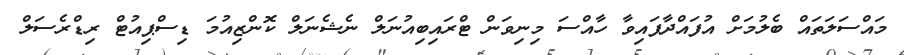
މައްސަލަތައް ބެލުމަށް އުފައްދާފައިވާ ހާއްސަ މިނިވަން ޓްރައިބިއުނަލް ނެޝެނަލް ކޮންޒިއުމަ ޑިސްޕިއުޓް ރިޑްރެސަލް